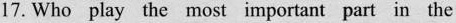
17. Who play the most important part in the